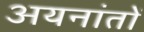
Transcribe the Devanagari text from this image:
अयनांतों